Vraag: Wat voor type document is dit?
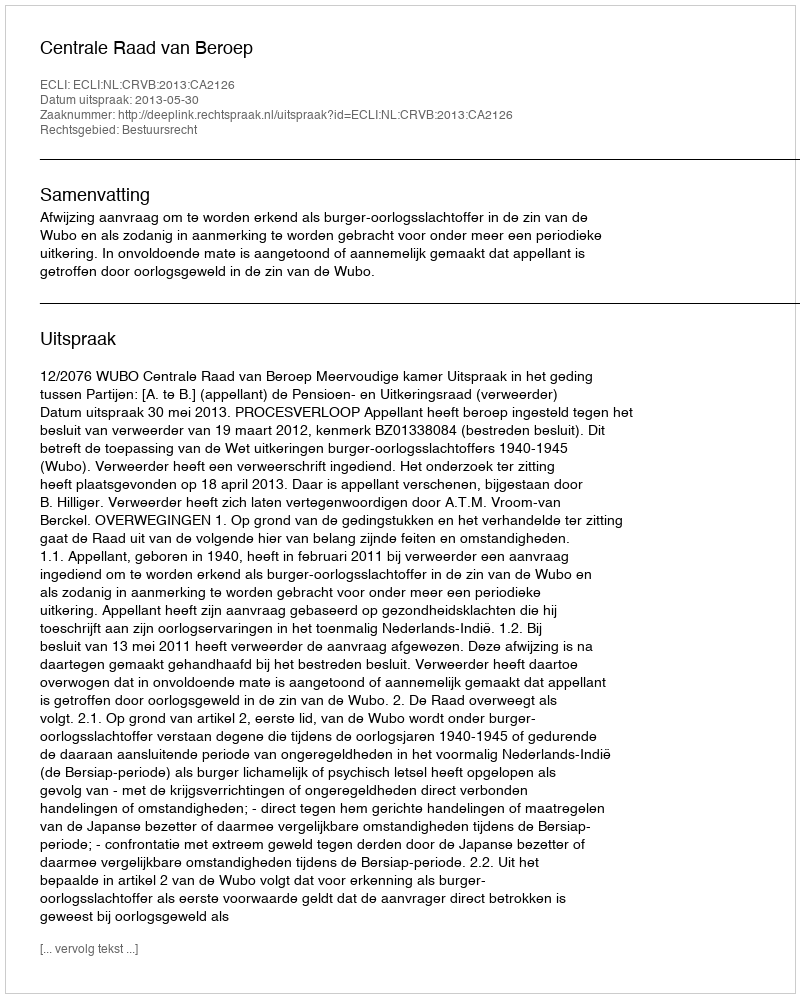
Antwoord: Uitspraak